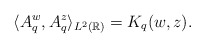
\begin{align*}\langle A_q^w, A_q^z \rangle_{L^2(\mathbb{R})}=K_q(w,z).\end{align*}